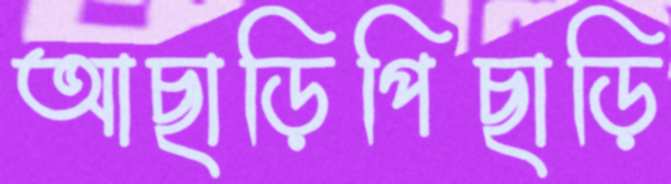
আছাড়িপিছাড়ি